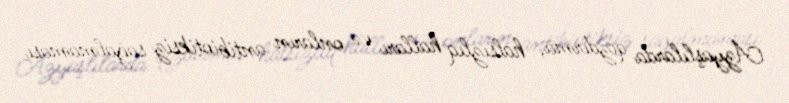
Azyaşlılarda qızdırma, halsızlıq halları və onların antibiotiksiz sağalmaması